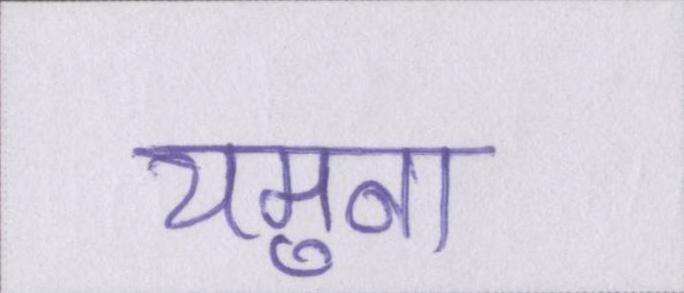
यमुना